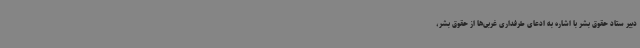
دبیر ستاد حقوق بشر با اشاره به ادعای طرفداری غربی‌ها از حقوق بشر،